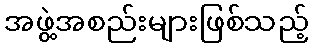
အဖွဲ့အစည်းများဖြစ်သည့်